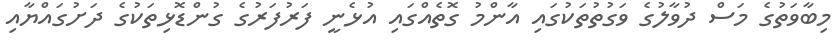
މިބާވަތުގެ މަސް ދުވާލުގެ ވަގުތުތަކުގައި އާންމު ގޮތެއްގައި އުޅެނީ ފަރުފަރުގެ ގުންޑޮޅިތަކުގެ ދަށުގައްޔާއި